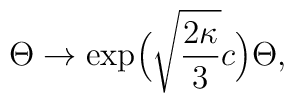
\Theta\to\exp\!\Big(\sqrt{\frac{2\kappa}{3}}c\Big)\Theta,